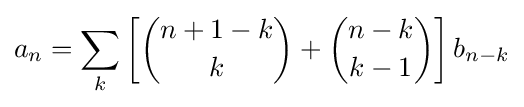
a_{n}=\sum _{k}\left[{\binom {n+1-k}{k}}+{\binom {n-k}{k-1}}\right]b_{n-k}